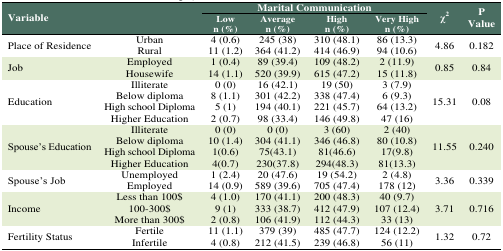
<table><thead><tr><td rowspan="2" colspan="2"><b>Variable</b></td><td colspan="4"><b>Marital Communication</b></td><td rowspan="2"><b>χ<sup>2</sup></b></td><td rowspan="2"><b>P Value</b></td></tr><tr><td><b>Lown (%)</b></td><td><b>Averagen (%)</b></td><td><b>Highn (%)</b></td><td><b>Very Highn (%)</b></td></tr></thead><tbody><tr><td rowspan="2">Place of Residence</td><td>Urban</td><td>4 (0.6)</td><td>245 (38)</td><td>310 (48.1)</td><td>86 (13.3)</td><td rowspan="2">4.86</td><td rowspan="2">0.182</td></tr><tr><td>Rural</td><td>11 (1.2)</td><td>364 (41.2)</td><td>414 (46.9)</td><td>94 (10.6)</td></tr><tr><td rowspan="2">Job</td><td>Employed</td><td>1 (0.4)</td><td>89 (39.4)</td><td>109 (48.2)</td><td>2 (11.9)</td><td rowspan="2">0.85</td><td rowspan="2">0.84</td></tr><tr><td>Housewife</td><td>14 (1.1)</td><td>520 (39.9)</td><td>615 (47.2)</td><td>15 (11.8)</td></tr><tr><td rowspan="4">Education</td><td>Illiterate</td><td>0 (0)</td><td>16 (42.1)</td><td>19 (50)</td><td>3 (7.9)</td><td rowspan="4">15.31</td><td rowspan="4">0.08</td></tr><tr><td>Below diploma</td><td>8 (1.1)</td><td>301 (42.2)</td><td>338 (47.4)</td><td>6 (9.3)</td></tr><tr><td>High school Diploma</td><td>5 (1)</td><td>194 (40.1)</td><td>221 (45.7)</td><td>64 (13.2)</td></tr><tr><td>Higher Education</td><td>2 (0.7)</td><td>98 (33.4)</td><td>146 (49.8)</td><td>47 (16)</td></tr><tr><td rowspan="4">Spouse’s Education</td><td>Illiterate</td><td>0 (0)</td><td>0 (0)</td><td>3 (60)</td><td>2 (40)</td><td rowspan="4">11.55</td><td rowspan="4">0.240</td></tr><tr><td>Below diploma</td><td>10 (1.4)</td><td>304 (41.1)</td><td>346 (46.8)</td><td>80 (10.8)</td></tr><tr><td>High school Diploma</td><td>1(0.6)</td><td>75(43.1)</td><td>81(46.6)</td><td>17(9.8)</td></tr><tr><td>Higher Education</td><td>4(0.7)</td><td>230(37.8)</td><td>294(48.3)</td><td>81(13.3)</td></tr><tr><td rowspan="2">Spouse’s Job</td><td>Unemployed</td><td>1 (2.4)</td><td>20 (47.6)</td><td>19 (54.2)</td><td>2 (4.8)</td><td rowspan="2">3.36</td><td rowspan="2">0.339</td></tr><tr><td>Employed</td><td>14 (0.9)</td><td>589 (39.6)</td><td>705 (47.4)</td><td>178 (12)</td></tr><tr><td rowspan="3">Income</td><td>Less than 100$</td><td>4 (1.0)</td><td>170 (41.1)</td><td>200 (48.3)</td><td>40 (9.7)</td><td rowspan="3">3.71</td><td rowspan="3">0.716</td></tr><tr><td>100-300$</td><td>9 (1)</td><td>333 (38.7)</td><td>412 (47.9)</td><td>107 (12.4)</td></tr><tr><td>More than 300$</td><td>2 (0.8)</td><td>106 (41.9)</td><td>112 (44.3)</td><td>33 (13)</td></tr><tr><td rowspan="2">Fertility Status</td><td>Fertile</td><td>11 (1.1)</td><td>379 (39)</td><td>485 (47.7)</td><td>124 (12.2)</td><td rowspan="2">1.32</td><td rowspan="2">0.72</td></tr><tr><td>Infertile</td><td>4 (0.8)</td><td>212 (41.5)</td><td>239 (46.8)</td><td>56 (11)</td></tr></tbody></table>